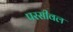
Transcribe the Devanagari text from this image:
परसीवल